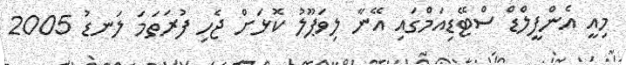
މިއީ އެންފީލްޑް ސްޓޭޑިއަމްގައި އޭނާ ލިވަޕޫލު ކޮޅަށް ޖެހި ފުރަތަމަ ލަނޑު 2005